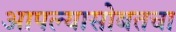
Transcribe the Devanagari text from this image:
आपल्यासोबतचा